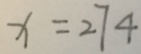
x = 2 7 4